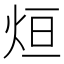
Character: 烜